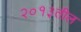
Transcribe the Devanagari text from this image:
२०१३तील